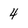
Character: 4